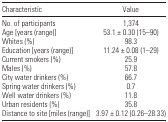
<table><thead><tr><td><b>Characteristic</b></td><td><b>Value</b></td></tr></thead><tbody><tr><td>No. of participants</td><td>1,374</td></tr><tr><td>Age [years (range)]</td><td>53.1 ± 0.30 (15–90)</td></tr><tr><td>Whites (%)</td><td>98.3</td></tr><tr><td>Education [years (range)]</td><td>11.24 ± 0.08 (1–29)</td></tr><tr><td>Current smokers (%)</td><td>25.9</td></tr><tr><td>Males (%)</td><td>57.8</td></tr><tr><td>City water drinkers (%)</td><td>66.7</td></tr><tr><td>Spring water drinkers (%)</td><td>0.7</td></tr><tr><td>Well water drinkers (%)</td><td>11.8</td></tr><tr><td>Urban residents (%)</td><td>35.8</td></tr><tr><td>Distance to site [miles (range)]</td><td>3.97 ± 0.12 (0.26–28.33)</td></tr></tbody></table>